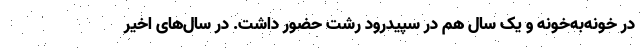
در خونه‌به‌خونه و یک سال هم در سپیدرود رشت حضور داشت. در سال‌های اخیر